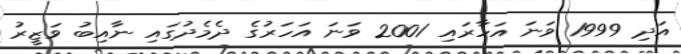
އަދި 1999 ވަނަ އަހާރައި 2001 ވަނަ އަހަރުގެ ދެމެދުގައި ނާއިބު ވަޒީރު